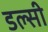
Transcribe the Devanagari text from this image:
डल्सी